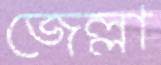
জেল্লা